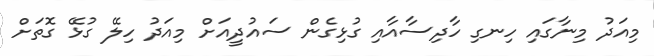
މިއަދު މިނާގައި ހިނގި ހާދިސާއާއި ގުޅިގެން ސައުދީއަށް މިއަދު ހިލޭ ގުޅޭ ގޮތަށް